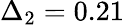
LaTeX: \Delta_{2}=0.21